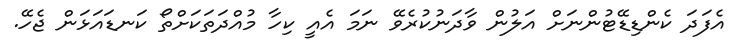
އެފަދަ ކެންޑިޑޭޓުންނަށް އަލުން ވާދަނުކުރެވޭ ނަމަ އެއީ ކިހާ މުއްދަތަކަށްތޯ ކަނޑައަޅަން ޖެހޭ.